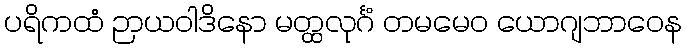
ပရိကထံ ဉာယဝါဒိနော မတ္ထလုင်္ဂံ တမမေဝ ယောဂျဘာဝေန